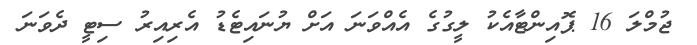
ޖުމްލަ 16 ޕޮއިންޓާއެކު ލީގުގެ އެއްވަނަ އަށް ޔުނައިޓެޑު އެރިއިރު ސިޓީ ދެވަނަ